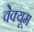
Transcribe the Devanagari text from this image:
वेक्यूम